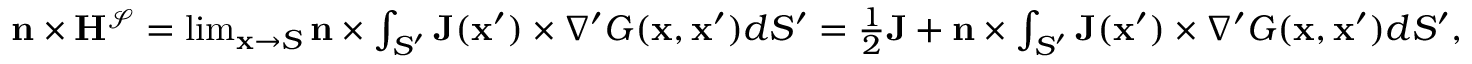
\begin{array} { r } { \mathbf { n } \times \mathbf { H } ^ { \mathcal { S } } = \operatorname* { l i m } _ { \mathbf { x } \to S } \mathbf { n } \times \int _ { S ^ { \prime } } \mathbf { J } ( \mathbf { x } ^ { \prime } ) \times \nabla ^ { \prime } G ( \mathbf { x } , \mathbf { x } ^ { \prime } ) d S ^ { \prime } = \frac { 1 } { 2 } \mathbf { J } + \mathbf { n } \times \int _ { S ^ { \prime } } \mathbf { J } ( \mathbf { x } ^ { \prime } ) \times \nabla ^ { \prime } G ( \mathbf { x } , \mathbf { x } ^ { \prime } ) d S ^ { \prime } , } \end{array}